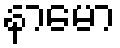
နာမော